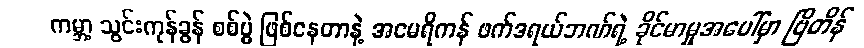
ကမ္ဘာ့ သွင်းကုန်ခွန် စစ်ပွဲ ဖြစ်နေတာနဲ့ အမေရိကန် ဖက်ဒရယ်ဘဏ်ရဲ့ ခိုင်မာမှုအပေါ်မှာ ဗြိတိန်